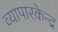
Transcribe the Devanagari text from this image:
व्यापारकेन्द्र